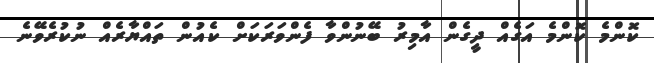
ކޮންމެ ކޮންމެ އަގެއް ދީގެން އާމިރު ބޭނުންވާ ފެންވަރަކަށް ކެއުން ތައްޔާރެއް ނުކުރެވޭނެ